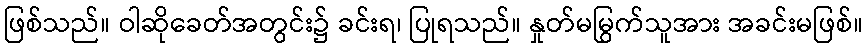
ဖြစ်သည်။ ဝါဆိုခေတ်အတွင်း၌ ခင်းရ၊ ပြုရသည်။ နှုတ်မမြွက်သူအား အခင်းမဖြစ်။